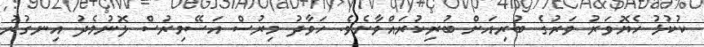
ކުކުޅު ހެޔޮވަރު ވަރުގެ ބުރިއަށް ބުރިކުރައްވާށެވެ. ހަވާދު މިރުސް އަސޭމިރުސް ލޮނުމެދު އިނގުރު